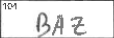
Transcription: BAZ